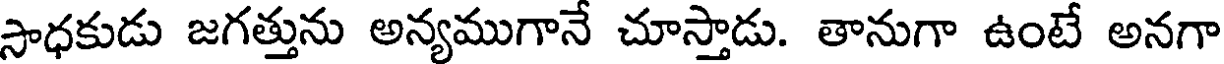
సాధకుడు జగత్తును అన్యముగానే చూస్తాడు. తానుగా ఉంటే అనగా